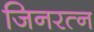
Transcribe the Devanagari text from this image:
जिनरत्न